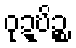
ဝုဍ္ဎိဉ္စ